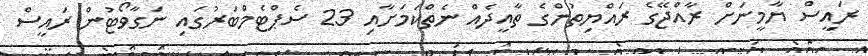
ރައީސް ޔާމީނަށް ރާއްޖޭގެ ރައްޔިތުންގެ ތާއީދެއް ނެތްކަމަށާއި 23 ސެޕްޓެމްބަރުގައި ނަގާވޯޓުން ރައީސް